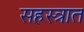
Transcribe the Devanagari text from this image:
सहस्त्रात